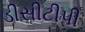
ડીસીટીપી